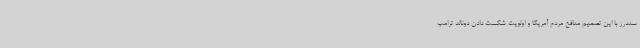
سندرز با این تصمیم منافع مردم آمریکا و اولویت شکست دادن دونالد ترامپ